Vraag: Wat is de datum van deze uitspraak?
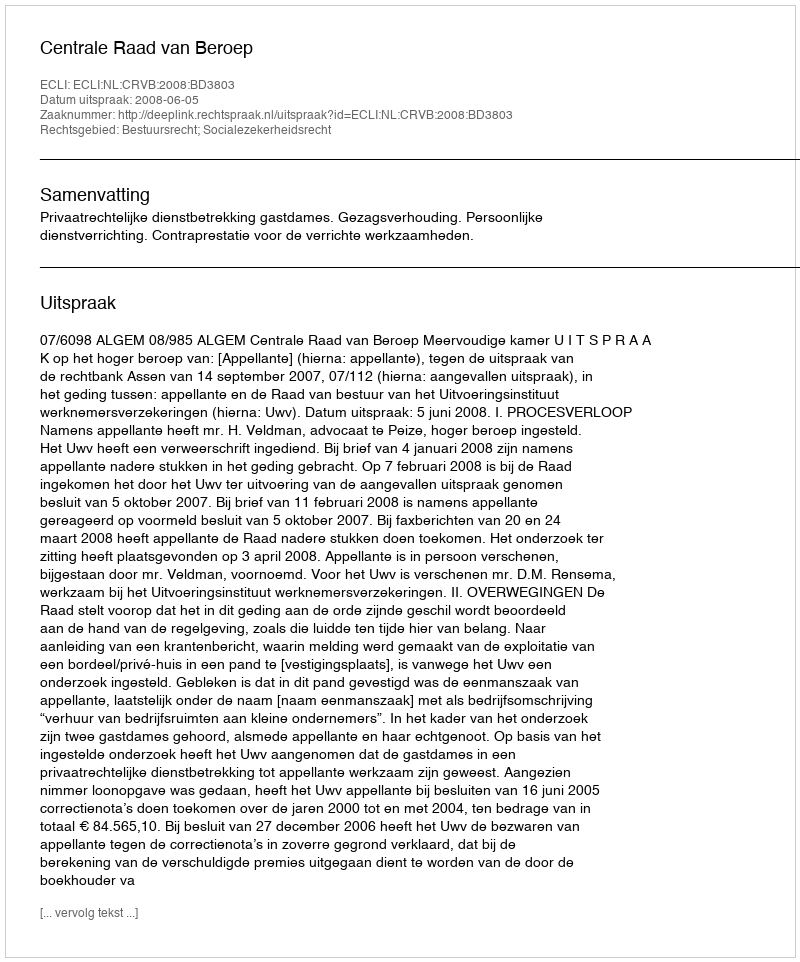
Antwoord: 2008-06-05